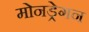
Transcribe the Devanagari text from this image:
मोनड्रेगन